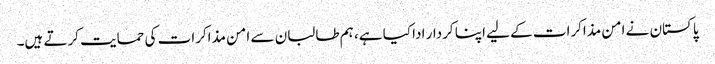
پاکستان نے امن مذاکرات کے لیے اپنا کردار ادا کیا ہے، ہم طالبان سے امن مذاکرات کی حمایت کرتے ہیں۔